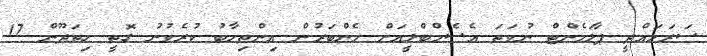
ސަރަހައްދީ ޕާލަމެންޓް ނުވަތަ އެސެމްބްލީއަށް މެންބަރުން އިންތިހާބު ކުރެވުނު ގޮތީ ހިތަދޫން 17